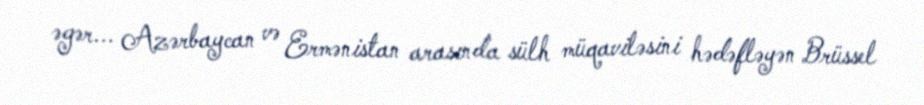
əgər... Azərbaycan və Ermənistan arasında sülh müqaviləsini hədəfləyən Brüssel